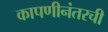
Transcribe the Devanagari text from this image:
कापणीनंतरची